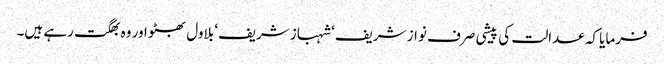
فرمایا کہ عدالت کی پیشی صرف نواز شریف‘ شہباز شریف‘ بلاول بھٹو اور وہ بھگت رہے ہیں۔